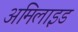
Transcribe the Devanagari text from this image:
अमिलाइड